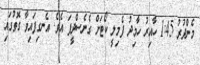
މެންދުރު 1:45 ހާއިރު ހާމިދު ފެމިލީ ކޯޓަށް ގެނެސްދީފަ އެވެ. އެނގިފައިވާ ގޮތުގައި